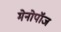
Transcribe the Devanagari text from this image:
मेनोपॉज